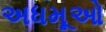
અધમૂઓ